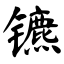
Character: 镳